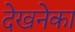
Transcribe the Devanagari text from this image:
देखनेका